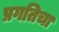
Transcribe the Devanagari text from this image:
प्रगतिचा